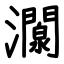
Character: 灁